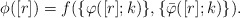
\begin{align*}\phi([r])=f(\{\varphi ([r];k)\}, \{\bar \varphi ([r];k)\}).\end{align*}